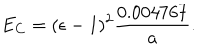
E _ { C } = ( \epsilon - 1 ) ^ { 2 } { \frac { 0 . 0 0 4 7 6 7 } { a } } .